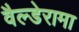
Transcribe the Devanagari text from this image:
वैल्डेरामा